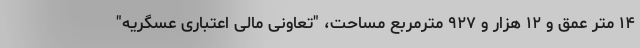
۱۴ متر عمق و ۱۲ هزار و ۹۲۷ مترمربع مساحت، "تعاونی مالی اعتباری عسگریه"